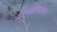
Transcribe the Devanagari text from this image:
अल्पावधीच्या